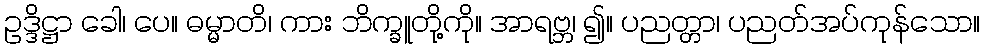
ဥဒ္ဒိဋ္ဌာ ခေါ၊ ပေ။ ဓမ္မာတိ၊ ကား ဘိက္ခူတို့ကို။ အာရဗ္ဘ၊ ၍။ ပညတ္တာ၊ ပညတ်အပ်ကုန်သော။